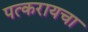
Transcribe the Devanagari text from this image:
पत्करायचा